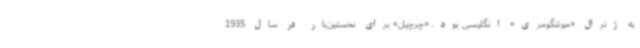
به ژنرال «مونتگومری» انگلیسی بود. «چرچیل» برای نخستین‌بار در سال 1935